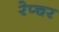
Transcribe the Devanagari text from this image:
रेप्चर